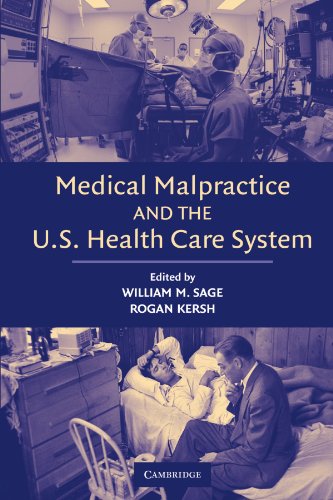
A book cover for Medical Malpractice and the U.S. Health Care System; Medical Books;